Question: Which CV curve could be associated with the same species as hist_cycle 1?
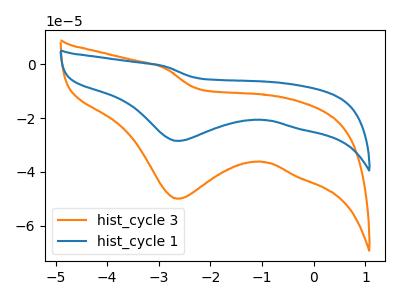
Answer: <think>The orange curve "hist_cycle 3" has a cathodic peak at: (-2.65V, -49.95uA). The blue curve "hist_cycle 1" has a cathodic peak at: (-2.65V, -28.50uA).
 All the peaks in "hist_cycle 3" have a peak in "hist_cycle 1" at the same potential. Every peak in "hist_cycle 3" is higher than every peak in "hist_cycle 1".</think>
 <answer>The CV with the most similar shape to "hist_cycle 3" is "hist_cycle 1".</answer>
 <eval>"hist_cycle 1"</eval>